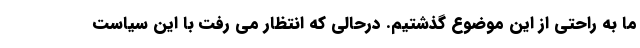
ما به راحتی از این موضوع گذشتیم. درحالی که انتظار می رفت با این سیاست